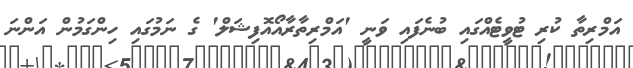
އަމްރިތާ ކުރި ޓުވީޓެއްގައި ބުނެފައި ވަނީ 'އަމްރިތާރާއޯއޮފިޝަލް' ގެ ނަމުގައި ހިންގަމުން އަންނަ